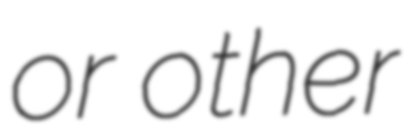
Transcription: or other